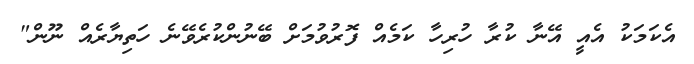
އެކަމަކު އެއީ އޭނާ ކުރާ ހުރިހާ ކަމެއް ފޮރުވުމަށް ބޭނުންކުރެވޭނެ ހަތިޔާރެއް ނޫން"